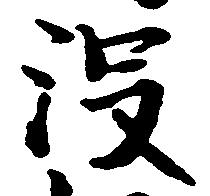
没